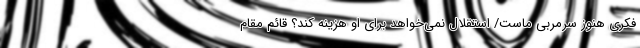
فکری هنوز سرمربی ماست/ استقلال نمی‌خواهد برای او هزینه کند؟ قائم مقام